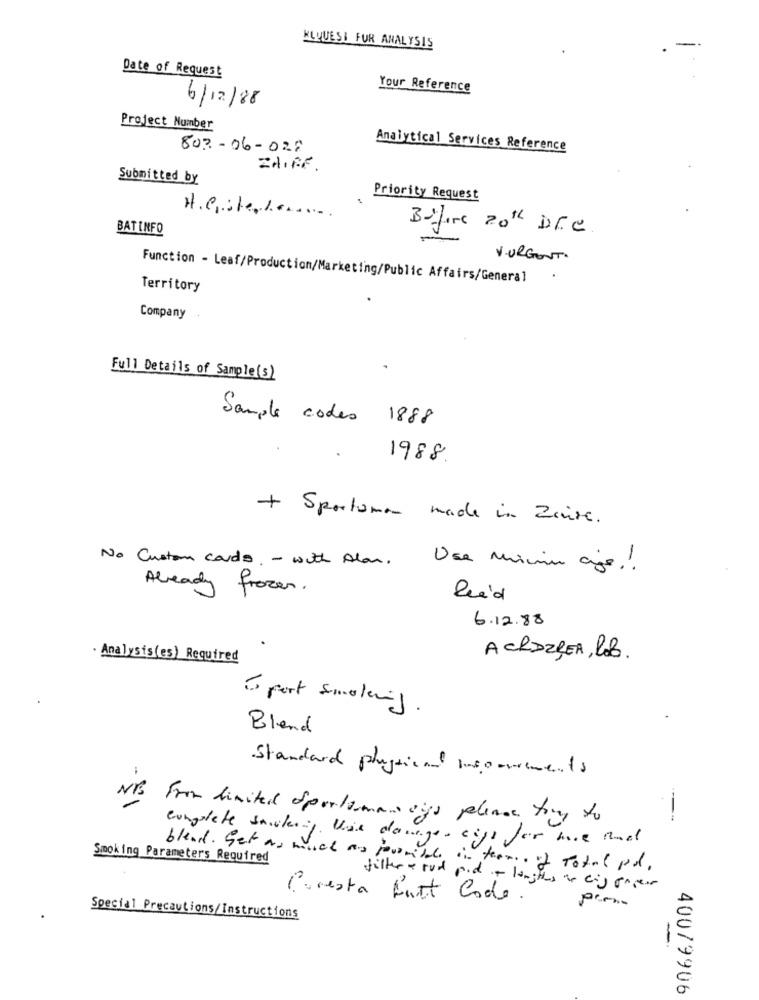
KLQUESI FOR ANALYSIS
-
Date of Request
Your Reference
6/12/88
Project Number
803-06-028
Analytical Services Reference
ZHIFF.
Submitted by
Priority Request
H.e .: +/ -......
BATINFO
Before 20th Dr.C
V.URGENT.
Function - Leaf/Production/Marketing/Public Affairs/General
Territory
Company
Full Details of Sample(s)
Sample codes 1888
1988.
+ Sportoman made in Zaire.
No Custom cards. - with Alan.
Use Minim ajo .!
Already frozen .
lei'd
6.12.88
· Analysis(es) Required
ACROZLER, lob
To port smoking.
Blend
Standard physical meparements
NB From limited Sportsmancigs please try to
--
eingolete salesig. Wie dasage . eige far mie And
Smoking Parameters Required
blend. Get as much as fourmille in terms of Total pdl.
filler - rod pod - longtes an cis paper
Poresta Butt Code.
Special Precautions/Instructions
-
400/9906